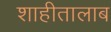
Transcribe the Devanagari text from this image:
शाहीतालाब